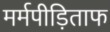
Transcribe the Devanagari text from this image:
मर्मपीड़िताफ